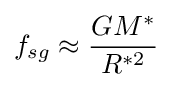
f_{sg}\approx {\frac {GM^{*}}{R^{*2}}}